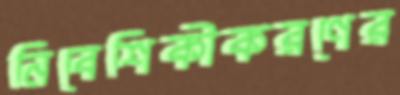
নিবেশিকীকরণের